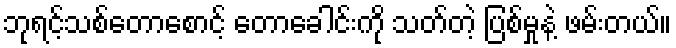
ဘုရင့်သစ်တောစောင့် တောခေါင်းကို သတ်တဲ့ ပြစ်မှုနဲ့ ဖမ်းတယ်။